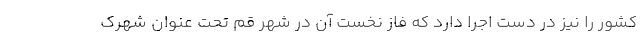
کشور را نیز در دست اجرا دارد که فاز نخست آن در شهر قم تحت عنوان شهرک